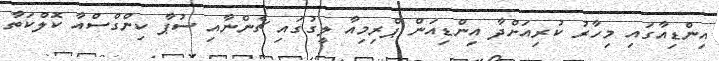
އިންޑިއާގައި މިހާރު ކުރިއަށްދާ އިންޑިއަން ޕްރިމިއާ ލީގުގައި ޗެންނާއި ސުޕާ ކިންގްސްއާ ކޮލްކަތާ